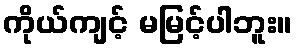
ကိုယ်ကျင့် မမြင့်ပါဘူး။